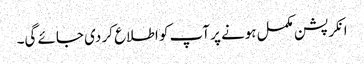
انکرپشن مکمل ہونے پر آپ کو اطلاع کر دی جائے گی۔